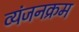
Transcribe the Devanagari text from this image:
व्यंजनक्रम